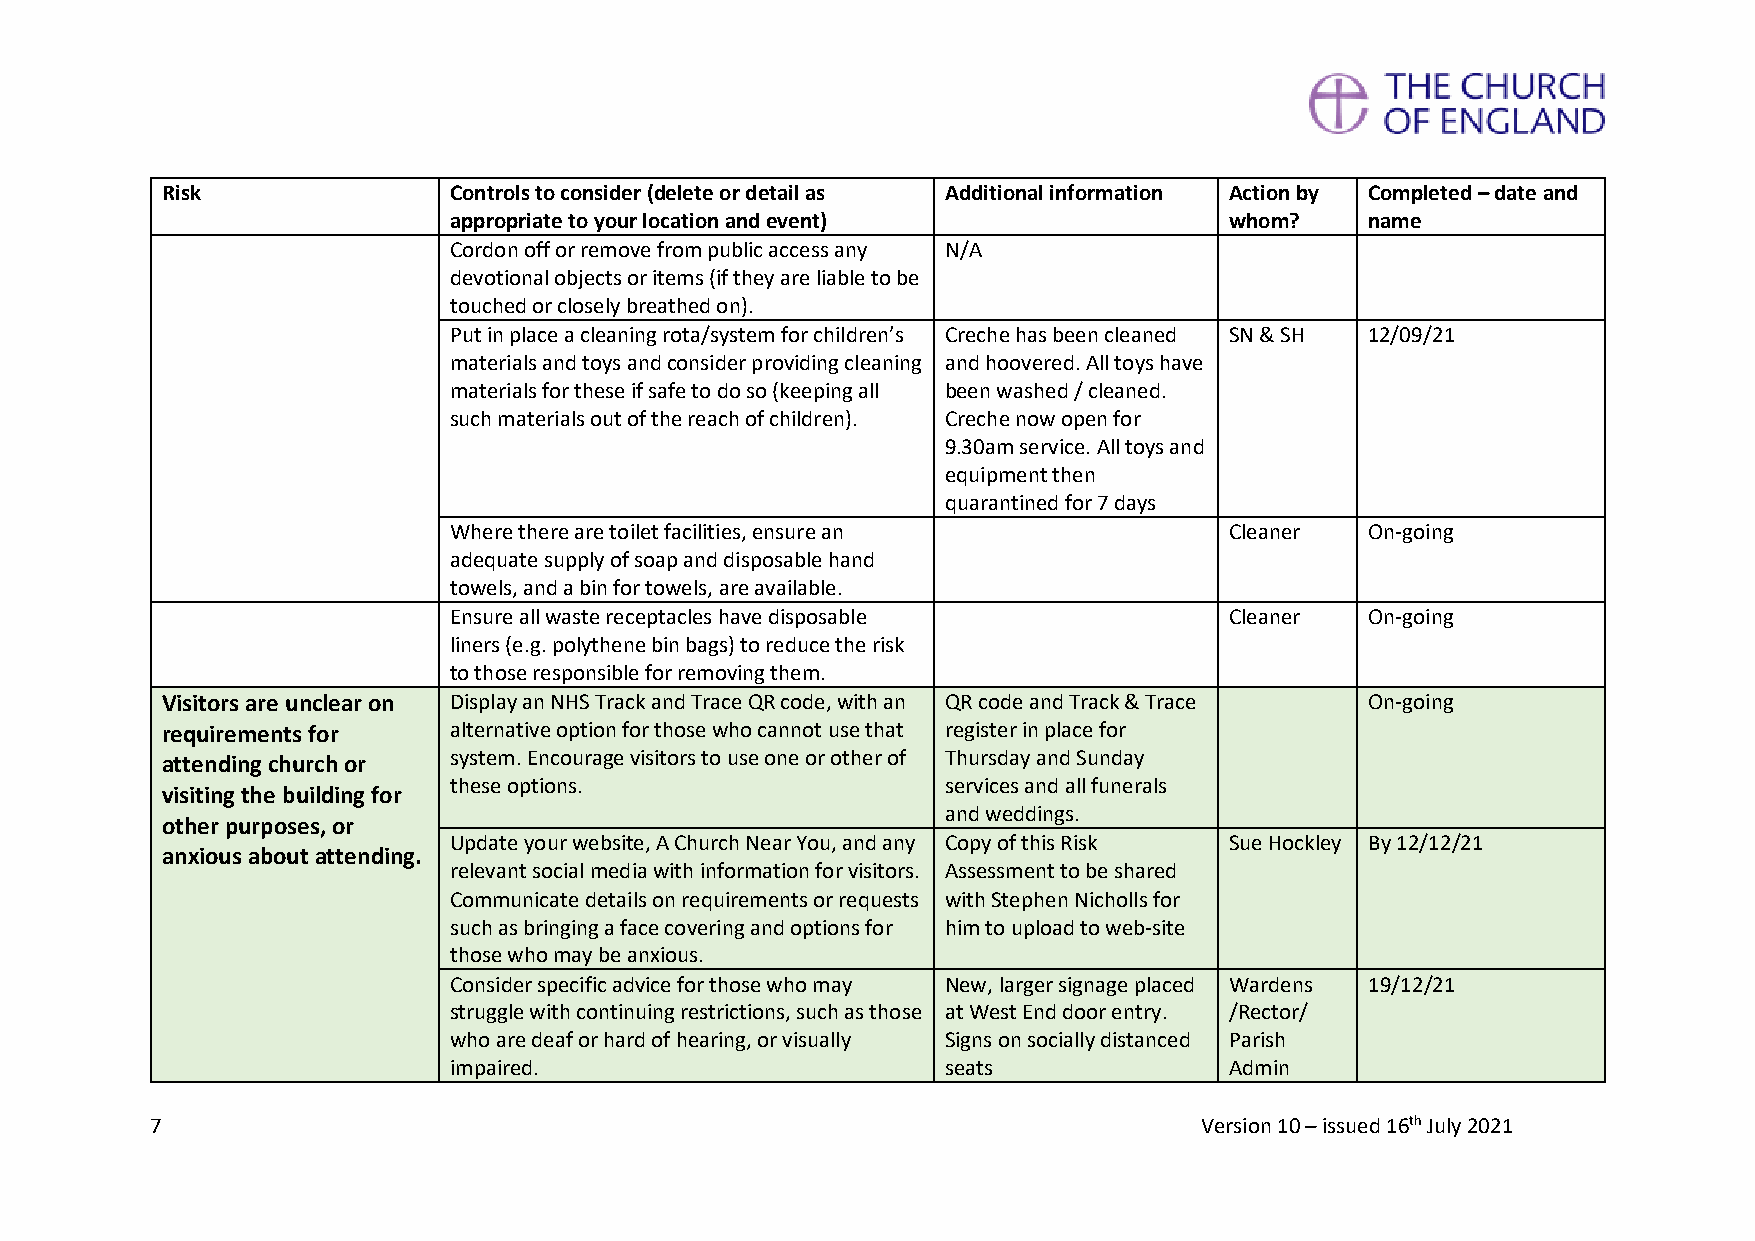
Risk               Controls to consider (delete or detail as Additional information Action by Completed – date and
 appropriate to your location and event)            whom?     name
 Cordon off or remove from public access any N/A
 devotional objects or items (if they are liable to be
 touched or closely breathed on).
 Put in place a cleaning rota/system for children’s Creche has been cleaned SN & SH 12/09/21
 materials and toys and consider providing cleaning and hoovered. All toys have
 materials for these if safe to do so (keeping all been washed / cleaned.
 such materials out of the reach of children). Creche now open for
 9.30am service. All toys and
 equipment then
 quarantined for 7 days
 Where there are toilet facilities, ensure an       Cleaner   On-going
 adequate supply of soap and disposable hand
 towels, and a bin for towels, are available.
 Ensure all waste receptacles have disposable       Cleaner   On-going
 liners (e.g. polythene bin bags) to reduce the risk
 to those responsible for removing them.
 Visitors are unclear on Display an NHS Track and Trace QR code, with an QR code and Track & Trace On-going
 requirements for   alternative option for those who cannot use that register in place for
 attending church or system. Encourage visitors to use one or other of Thursday and Sunday
 these options.                   services and all funerals
 visiting the building for
 and weddings.
 other purposes, or
 Update your website, A Church Near You, and any Copy of this Risk Sue Hockley By 12/12/21
 anxious about attending.
 relevant social media with information for visitors. Assessment to be shared
 Communicate details on requirements or requests with Stephen Nicholls for
 such as bringing a face covering and options for him to upload to web-site
 those who may be anxious.
 Consider specific advice for those who may New, larger signage placed Wardens 19/12/21
 struggle with continuing restrictions, such as those at West End door entry. /Rector/
 who are deaf or hard of hearing, or visually Signs on socially distanced Parish
 impaired.                        seats             Admin
 7                                                                    Version 10 – issued 16th July 2021